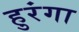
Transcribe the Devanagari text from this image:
हुरंगा